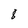
Character: 8